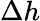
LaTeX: \Delta h